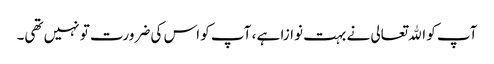
آپ کو اﷲتعالی نے بہت نوازا ہے ، آپ کو اس کی ضرورت تو نہیں تھی۔